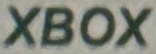
XBOX